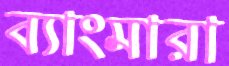
ব্যাংমারা